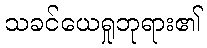
သခင်ယေရှုဘုရား၏